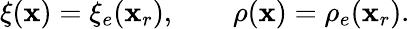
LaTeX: \xi({\mathbf x})=\xi_{e}({\mathbf x}_{r}),\qquad\rho({\mathbf x})=\rho_{e}({\mathbf x}_{r}).